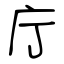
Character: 庁